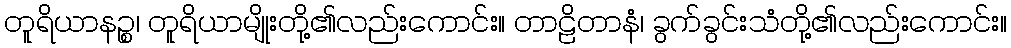
တူရိယာနဉ္စ၊ တူရိယာမျိုးတို့၏လည်းကောင်း။ တာဠိတာနံ၊ ခွက်ခွင်းသံတို့၏လည်းကောင်း။